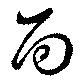
面